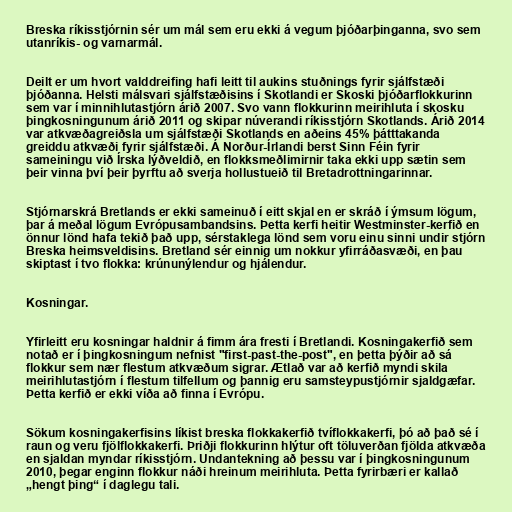
Breska ríkisstjórnin sér um mál sem eru ekki á vegum þjóðarþinganna, svo sem
utanríkis- og varnarmál.

Deilt er um hvort valddreifing hafi leitt til aukins stuðnings fyrir sjálfstæði
þjóðanna. Helsti málsvari sjálfstæðisins í Skotlandi er Skoski þjóðarflokkurinn
sem var í minnihlutastjórn árið 2007. Svo vann flokkurinn meirihluta í skosku
þingkosningunum árið 2011 og skipar núverandi ríkisstjórn Skotlands. Árið 2014
var atkvæðagreiðsla um sjálfstæði Skotlands en aðeins 45% þátttakanda
greiddu atkvæði fyrir sjálfstæði. Á Norður-Írlandi berst Sinn Féin fyrir
sameiningu við Írska lýðveldið, en flokksmeðlimirnir taka ekki upp sætin sem
þeir vinna því þeir þyrftu að sverja hollustueið til Bretadrottningarinnar.

Stjórnarskrá Bretlands er ekki sameinuð í eitt skjal en er skráð í ýmsum lögum,
þar á meðal lögum Evrópusambandsins. Þetta kerfi heitir Westminster-kerfið en
önnur lönd hafa tekið það upp, sérstaklega lönd sem voru einu sinni undir stjórn
Breska heimsveldisins. Bretland sér einnig um nokkur yfirráðasvæði, en þau
skiptast í tvo flokka: krúnunýlendur og hjálendur.

Kosningar.

Yfirleitt eru kosningar haldnir á fimm ára fresti í Bretlandi. Kosningakerfið sem
notað er í þingkosningum nefnist "first-past-the-post", en þetta þýðir að sá
flokkur sem nær flestum atkvæðum sigrar. Ætlað var að kerfið myndi skila
meirihlutastjórn í flestum tilfellum og þannig eru samsteypustjórnir sjaldgæfar.
Þetta kerfið er ekki víða að finna í Evrópu.

Sökum kosningakerfisins líkist breska flokkakerfið tvíflokkakerfi, þó að það sé í
raun og veru fjölflokkakerfi. Þriðji flokkurinn hlýtur oft töluverðan fjölda atkvæða
en sjaldan myndar ríkisstjórn. Undantekning að þessu var í þingkosningunum
2010, þegar enginn flokkur náði hreinum meirihluta. Þetta fyrirbæri er kallað
„hengt þing“ í daglegu tali.